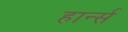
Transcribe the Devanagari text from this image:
हार्न्स